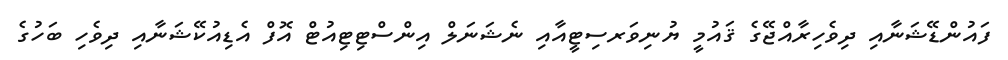
ފައުންޑޭޝަނާއި ދިވެހިރާއްޖޭގެ ޤައުމީ ޔުނިވަރސިޓީއާއި ނެޝަނަލް އިންސްޓިޓިއުޓް އޮފް އެޑިއުކޭޝަނާއި ދިވެހި ބަހުގެ